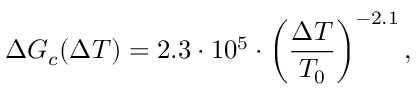
\Delta G _ { c } ( \Delta T ) = 2 . 3 \cdot 1 0 ^ { 5 } \cdot \left( \frac { \Delta T } { T _ { 0 } } \right) ^ { - 2 . 1 } ,